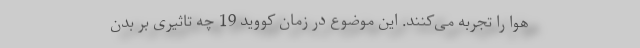
هوا را تجربه می‌کنند. این موضوع در زمان کووید 19 چه تاثیری بر بدن